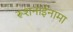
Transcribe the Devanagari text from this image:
रूशनाईनामा